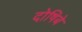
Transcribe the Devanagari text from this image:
दोषिबे